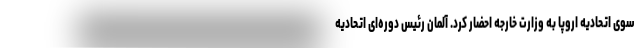
سوی اتحادیه اروپا به وزارت خارجه احضار کرد. آلمان رئیس دوره‌ای اتحادیه